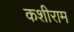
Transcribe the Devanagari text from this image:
कशीराम